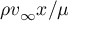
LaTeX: \rho v _ { \infty } x / \mu